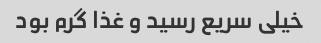
خیلی سریع رسید و غذا گرم بود